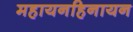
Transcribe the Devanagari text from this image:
महायनहिनायन